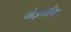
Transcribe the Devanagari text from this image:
मेइयांग